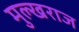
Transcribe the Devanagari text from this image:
मुल्खराज